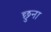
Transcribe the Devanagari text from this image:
छुना